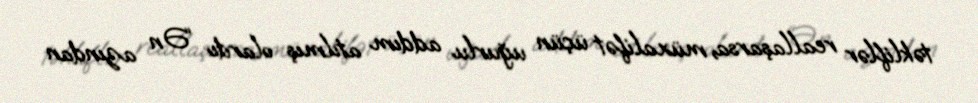
təkliflər reallaşarsa, müxalifət üçün uğurlu addım atılmış olardı: “Ən azından